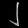
Digit: ၂